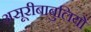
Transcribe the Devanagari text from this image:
असूरीबाबुलियों